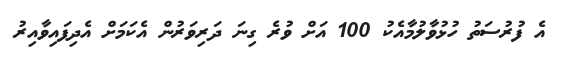
އެ ފުރުސަތު ހުޅުވާލުމާއެކު 100 އަށް ވުރެ ގިނަ ދަރިވަރުން އެކަމަށް އެދިފައިވާއިރު